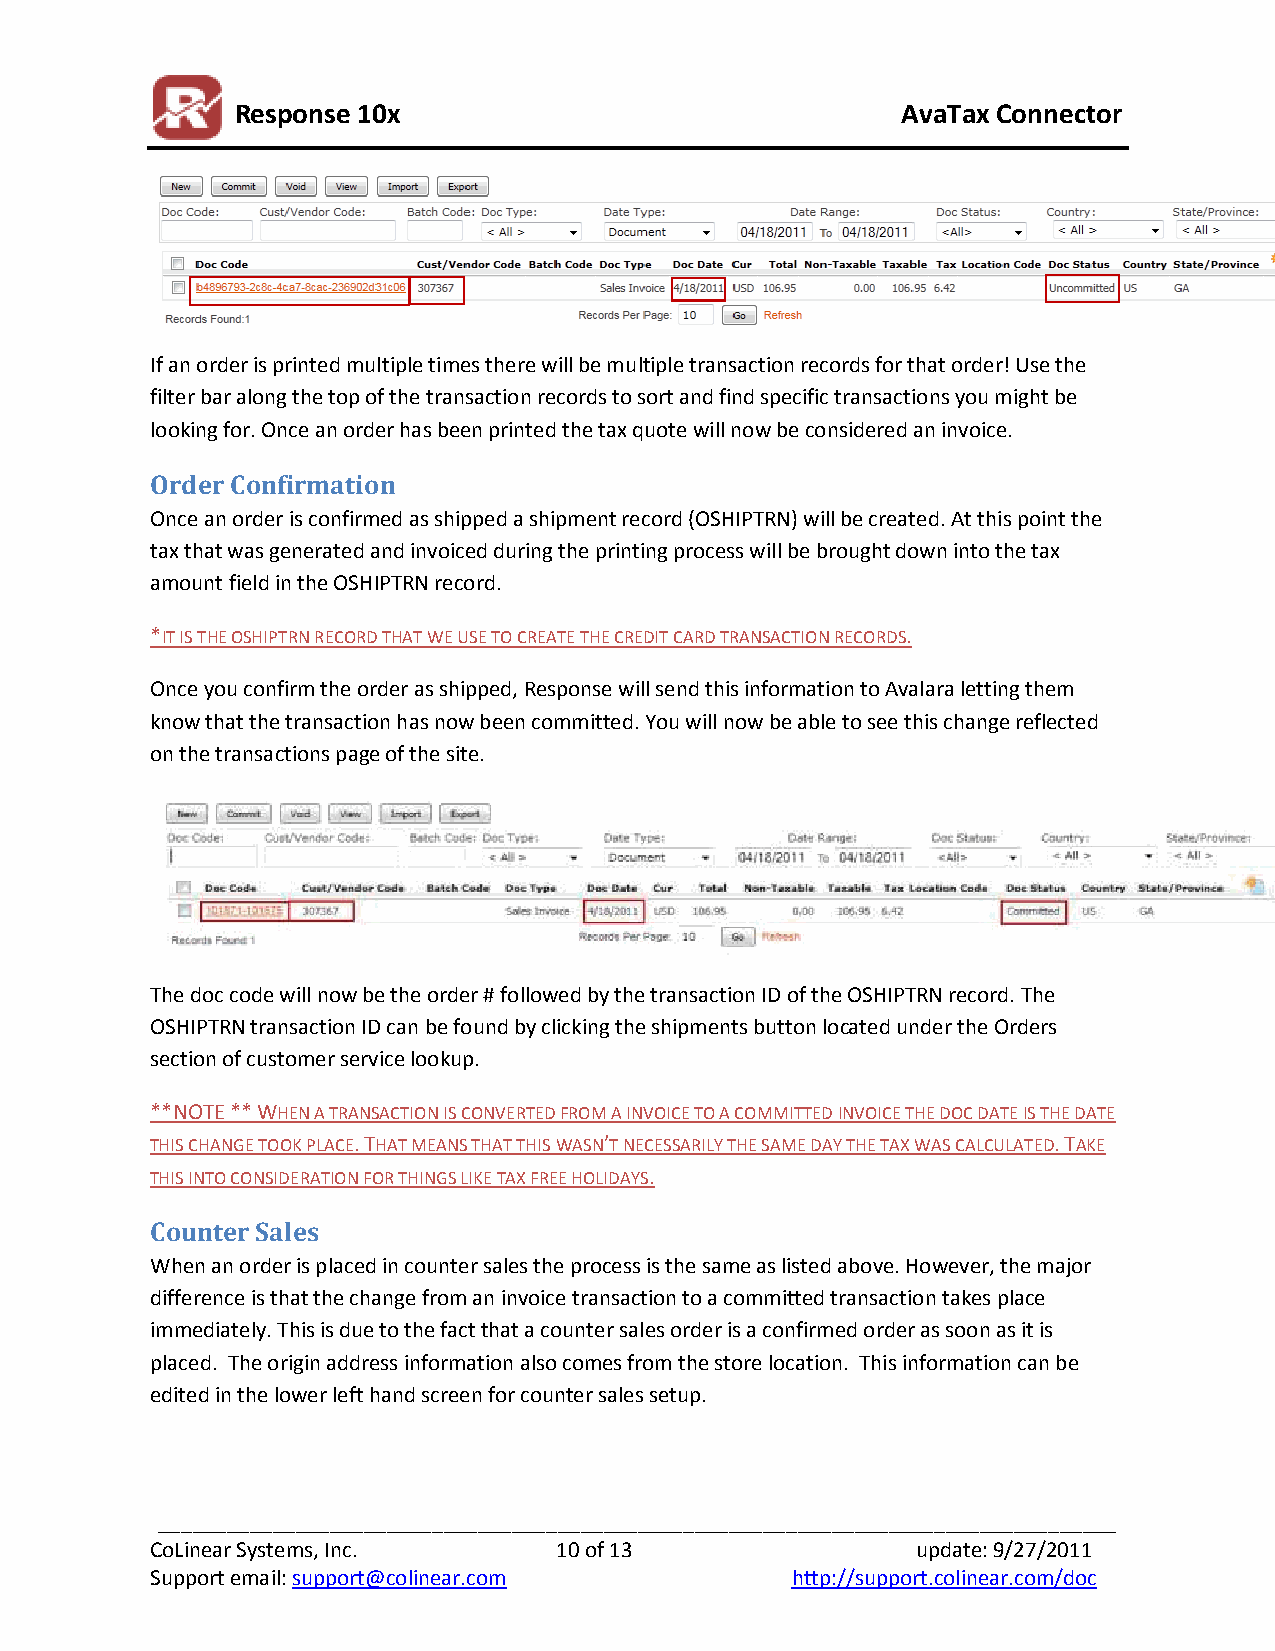
Response 10x                                AvaTax Connector
 If an order is printed multiple times there will be multiple transaction records for that order! Use the
 filter bar along the top of the transaction records to sort and find specific transactions you might be
 looking for. Once an order has been printed the tax quote will now be considered an invoice.
 Order Confirmation
 Once an order is confirmed as shipped a shipment record (OSHIPTRN) will be created. At this point the
 tax that was generated and invoiced during the printing process will be brought down into the tax
 amount field in the OSHIPTRN record.
 *IT IS THE OSHIPTRN RECORD THAT WE USE TO CREATE THE CREDIT CARD TRANSACTION RECORDS.
 Once you confirm the order as shipped, Response will send this information to Avalara letting them
 know that the transaction has now been committed. You will now be able to see this change reflected
 on the transactions page of the site.
 The doc code will now be the order # followed by the transaction ID of the OSHIPTRN record. The
 OSHIPTRN transaction ID can be found by clicking the shipments button located under the Orders
 section of customer service lookup.
 **NOTE ** WHEN A TRANSACTION IS CONVERTED FROM A INVOICE TO A COMMITTED INVOICE THE DOC DATE IS THE DATE
 THIS CHANGE TOOK PLACE. THAT MEANS THAT THIS WASN’T NECESSARILY THE SAME DAY THE TAX WAS CALCULATED. TAKE
 THIS INTO CONSIDERATION FOR THINGS LIKE TAX FREE HOLIDAYS.
 Counter Sales
 When an order is placed in counter sales the process is the same as listed above. However, the major
 difference is that the change from an invoice transaction to a committed transaction takes place
 immediately. This is due to the fact that a counter sales order is a confirmed order as soon as it is
 placed. The origin address information also comes from the store location. This information can be
 edited in the lower left hand screen for counter sales setup.
 ____________________________________________________________________________________
 CoLinear Systems, Inc.     10 of 13                update: 9/27/2011
 Support email: support@colinear.com       http://support.colinear.com/doc